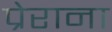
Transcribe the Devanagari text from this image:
प्रेराना